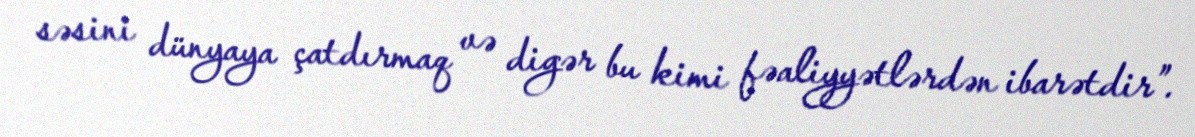
səsini dünyaya çatdırmaq və digər bu kimi fəaliyyətlərdən ibarətdir”.